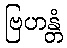
ဗြဟန္တံ